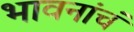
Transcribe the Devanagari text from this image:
भावनांचं